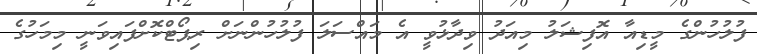
ފުލުހުންގެ މީޑިއާ އޮފިޝަލު މިއަދު ވިދާޅުވީ އެ މައްސަލަ ފުލުހުންނަށް ރިޕޯޓްކޮށްފައިވަނީ މިމަހުގެ